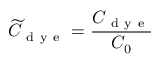
\widetilde { C } _ { \mathrm { ~ d ~ y ~ e ~ } } = \frac { C _ { \mathrm { ~ d ~ y ~ e ~ } } } { C _ { 0 } }